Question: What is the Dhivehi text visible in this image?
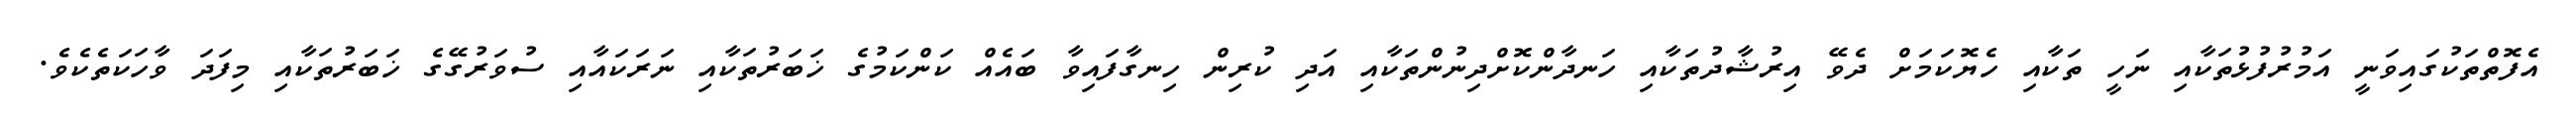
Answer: އެފޮތްތަކުގައިވަނީ އަމުރުފުޅުތަކާއި ނަހީ ތަކާއި ހެޔޮކަމަށް ދެވޭ އިރުޝާދުތަކާއި ހަނދާންކޮށްދިނުންތަކާއި އަދި ކުރިން ހިނގާފައިވާ ބައެއް ކަންކަމުގެ ޚަބަރުތަކާއި ނަރަކައާއި ސުވަރުގޭގެ ޚަބަރުތަކާއި މިފަދަ ވާހަކަތެކެވެ.